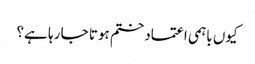
کیوں باہمی اعتمادختم ہوتا جا رہا ہے؟